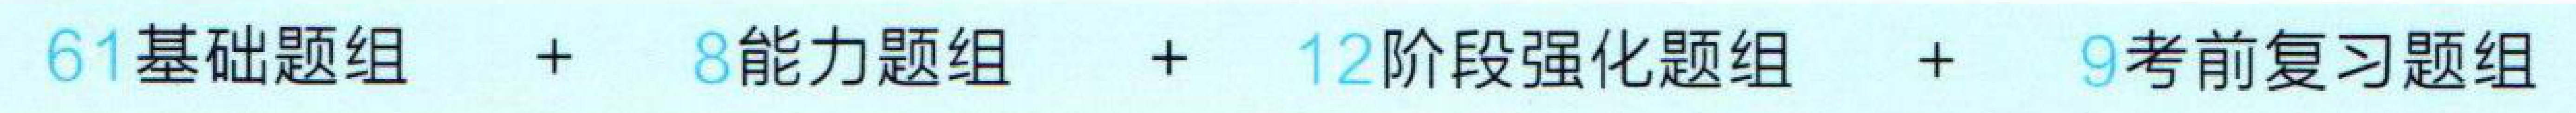
61基础题组 + 8能力题组 + 12阶段强化题组 + 9考前复习题组